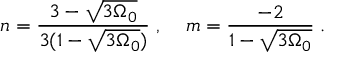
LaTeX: n = \frac { 3 - \sqrt { 3 \Omega _ { 0 } } } { 3 ( 1 - \sqrt { 3 \Omega _ { 0 } } ) } \; , \; \; \; \; m = \frac { - 2 } { 1 - \sqrt { 3 \Omega _ { 0 } } } \; .